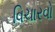
વિચારવો